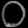
Digit: ၀